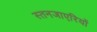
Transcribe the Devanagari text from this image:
स्तनजाएरियों